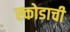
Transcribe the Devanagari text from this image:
स्कोडाची